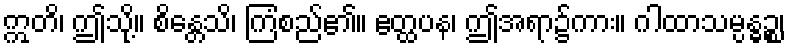
ဣတိ၊ ဤသို့။ စိန္တေသိ၊ ကြံစည်၏။ ဧတ္ထပန၊ ဤအရာ၌ကား။ ဂါထာသမ္ပန္ဓဉ္စ၊